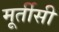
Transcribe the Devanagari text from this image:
मूर्तीसी